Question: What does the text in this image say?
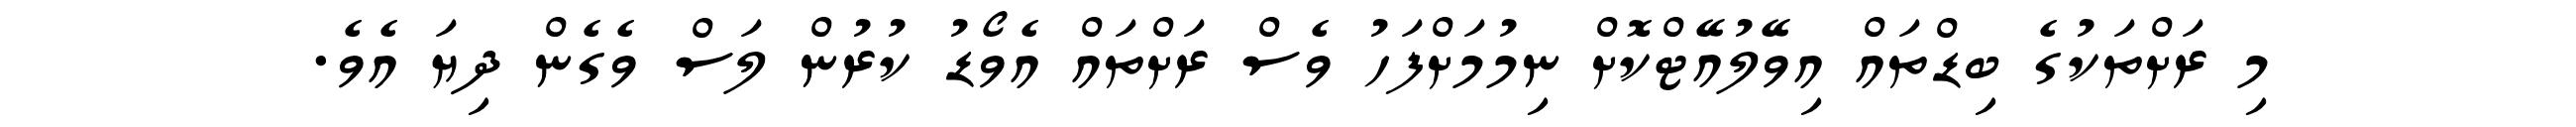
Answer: މި ރަށްތަކުގެ ބިޑްތައް އިވޭލުއޭޓްކޮށް ނިމުމަށްފަހު ވެސް ރަށްތައް އެވޯޑު ކުރުން ލަސް ވެގެން ދިޔަ އެވެ.